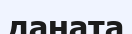
даната